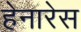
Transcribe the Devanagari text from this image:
हेनारेस